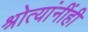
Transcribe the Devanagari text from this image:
श्रोत्यांनींही